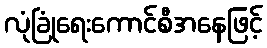
လုံခြုံရေးကောင်စီအနေဖြင့်